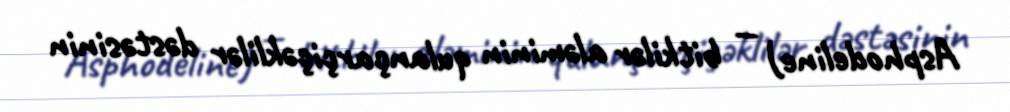
Asphodeline) — bitkilər aləminin qulançarçiçəklilər dəstəsinin